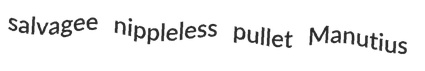
salvagee nippleless pullet Manutius